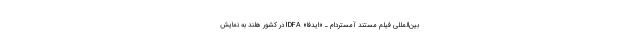
بین‌المللی فیلم مستند آمستردام ـ «ایدفا» IDFA در کشور هلند به نمایش